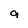
Character: 9